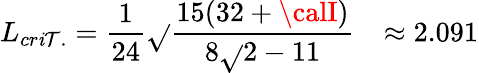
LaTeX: L_{cr\mathit{i}\mathcal{T}.}=\frac{{1}}{{24}}\sqrt{}{{\frac{{15(32+{\calI})}}{{8\sqrt{}{{2}}-11}}}}~~~\approx2.091